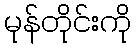
မုန်တိုင်းကို